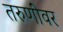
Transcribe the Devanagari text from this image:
तरुणींवर